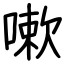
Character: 嗽